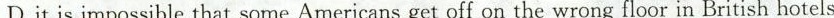
D.it is impossible that some Americans get off on the wrong floor in British hotels